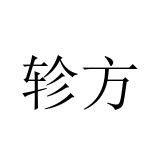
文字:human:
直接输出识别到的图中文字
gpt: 轸方